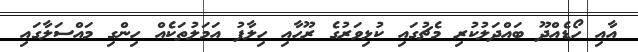
އާއި ހޯޑެއްދޫ ބައްދަލުކުރި މެޗުގައި ކުޅިވަރުގެ ރޫހާއި ހިލާފު އަމަލުތަކެއް ހިންގި މައްސަލާގައި